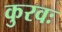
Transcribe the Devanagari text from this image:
कुरवः